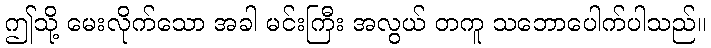
ဤသို့ မေးလိုက်သော အခါ မင်းကြီး အလွယ် တကူ သဘောပေါက်ပါသည်။